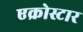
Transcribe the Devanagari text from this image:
एक्रोस्टार